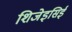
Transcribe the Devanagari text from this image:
शिजेइसिई